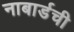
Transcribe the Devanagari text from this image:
नाबार्डची